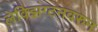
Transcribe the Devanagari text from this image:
लेक्झिंग्टनवरुन